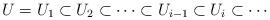
LaTeX: \begin{align*}U=U_1 \subset U_2 \subset \cdots \subset U_{i-1} \subset U_i \subset \cdots\end{align*}